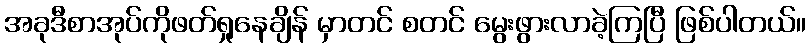
အခုဒီစာအုပ်ကိုဖတ်ရှုနေချိန် မှာတင် စတင် မွေးဖွားလာခဲ့ကြပြီ ဖြစ်ပါတယ်။